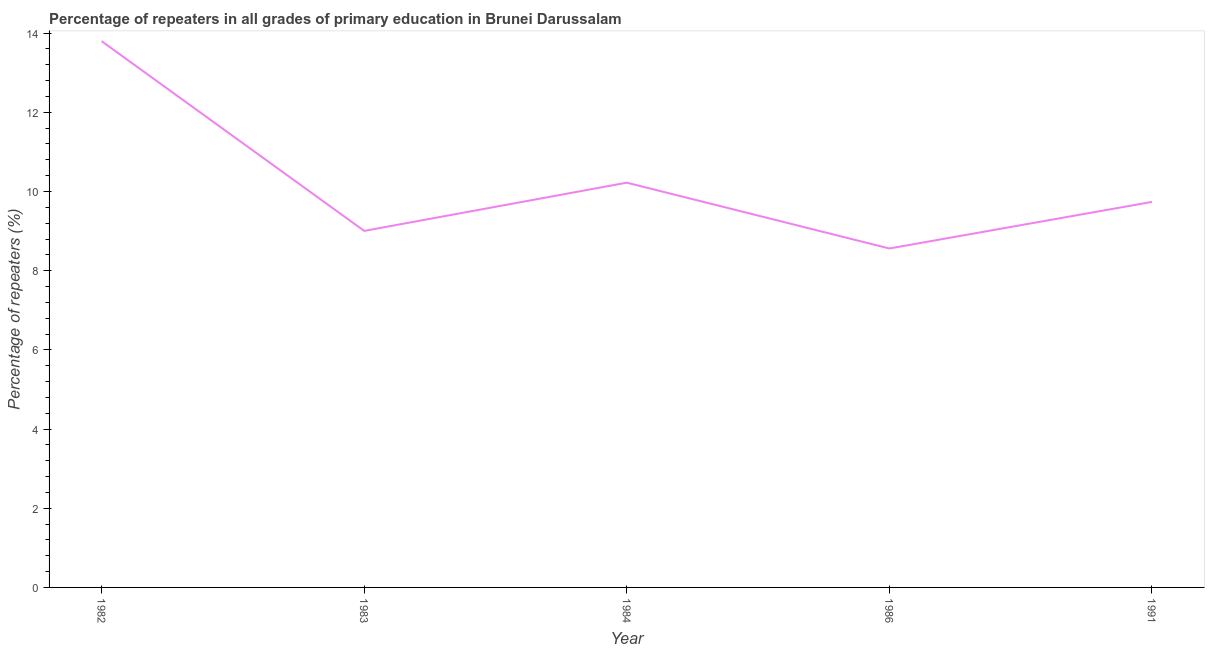
| Year | Repeaters in primary education |
 | --- | --- |
 | 1982 | 13.8 |
 | 1983 | 9 |
 | 1984 | 10.2 |
 | 1986 | 8.56 |
 | 1991 | 9.74 |